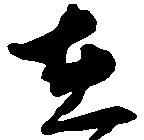
在